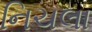
નિચલા